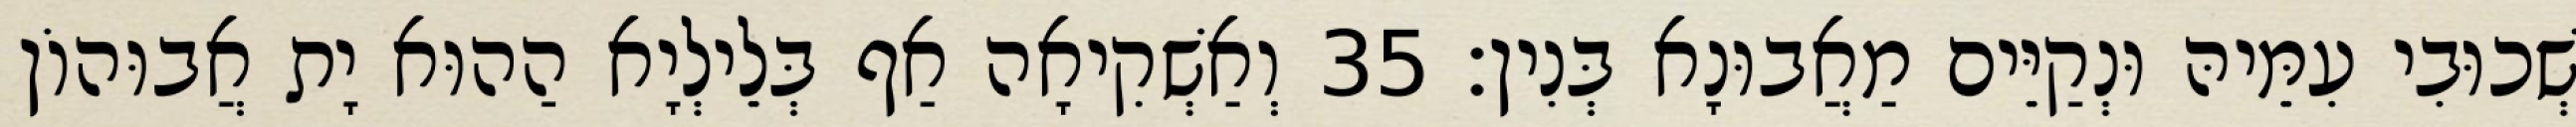
שְׁכוּבִי עִמֵּיהּ וּנְקַיֵּים מַאֲבוּנָא בְּנִין׃ 35 וְאַשְׁקִיאָה אַף בְּלֵילְיָא הַהוּא יָת אֲבוּהוֹן